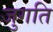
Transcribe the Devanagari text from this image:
जुगति